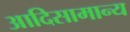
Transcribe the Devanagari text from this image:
आदिसामान्य